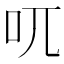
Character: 𠮾